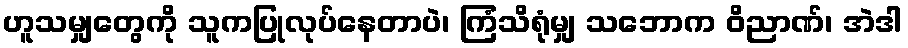
ဟူသမျှတွေကို သူကပြုလုပ်နေတာပဲ၊ ကြံသိရုံမျှ သဘောက ဝိညာဏ်၊ အဲဒါ